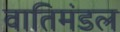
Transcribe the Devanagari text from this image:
वातिमंडल